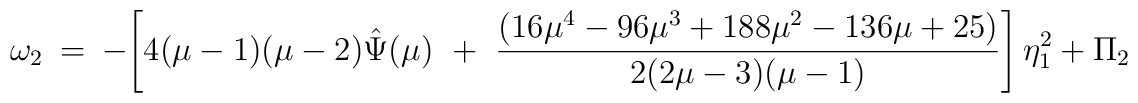
\omega_2 ~=~ - \left[ 4(\mu - 1)(\mu - 2) \hat{\Psi}(\mu) ~+~ \frac{(16\mu^4 - 96\mu^3 + 188\mu^2 - 136\mu + 25)}{2(2\mu - 3)(\mu - 1)} \right] \eta_1^2 ~+~ \Pi_2